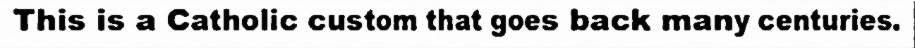
This is a Catholic custom that goes back many centuries.